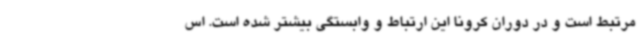
مرتبط است و در دوران کرونا این ارتباط و وابستگی بیشتر شده است. اس